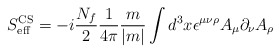
\begin{align*}S_{\rm eff}^{\rm CS}=-i \frac{N_f}{2}\frac{1}{4\pi}\frac{m}{|m|}\int d^3x\epsilon^{\mu\nu\rho}A_\mu \partial_\nu A_\rho\end{align*}